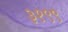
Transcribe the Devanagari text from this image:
३१९९